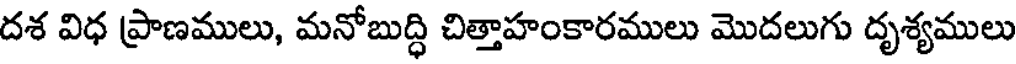
దశ విధ ప్రాణములు, మనోబుద్ధి చిత్తాహంకారములు మొదలుగు దృశ్యములు